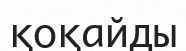
қоқайды